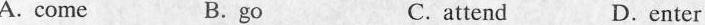
A. come B.go C. attend D.enter